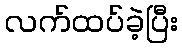
လက်ထပ်ခဲ့ပြီး